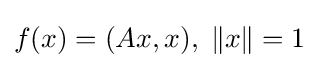
f(x)=(Ax,x),\;\|x\|=1